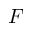
F